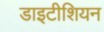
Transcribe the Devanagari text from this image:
डाइटीशियन